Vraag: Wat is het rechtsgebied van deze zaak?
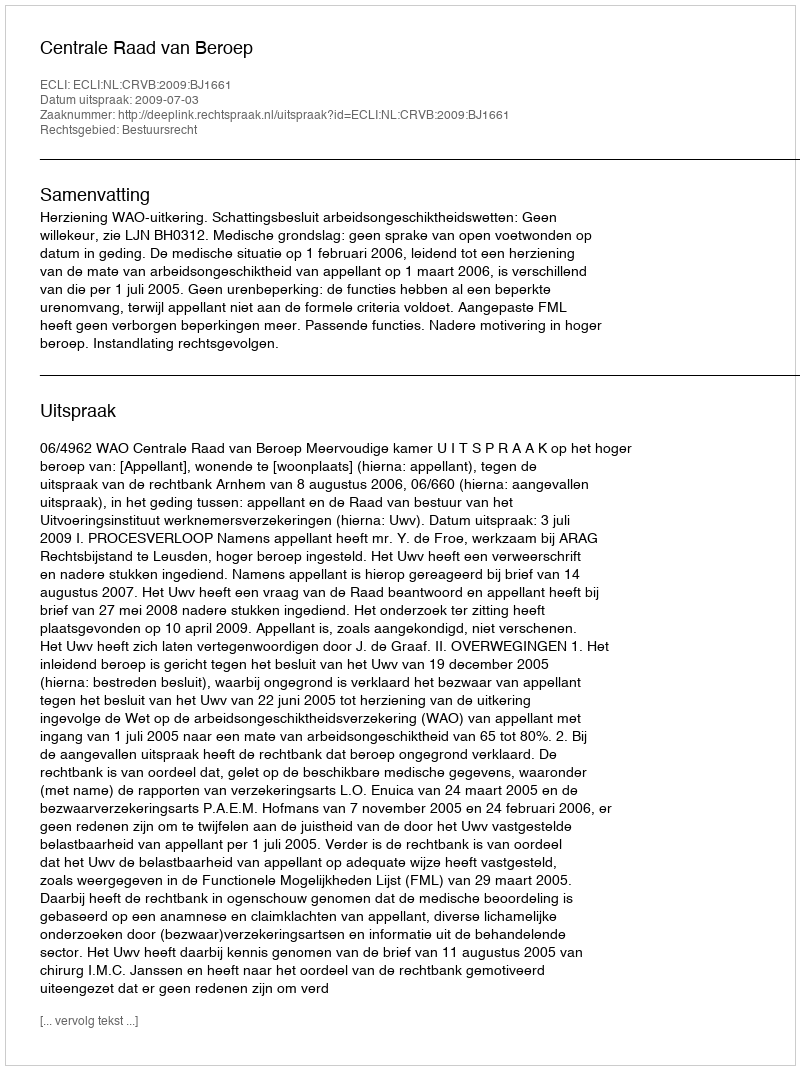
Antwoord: Bestuursrecht